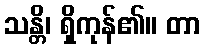
သန္တိ၊ ရှိကုန်၏။ တာ